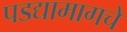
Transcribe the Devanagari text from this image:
पडद्यामागचे